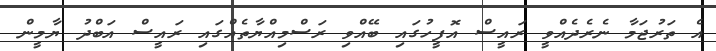
އެ ތަރުޖަމާ ނެރެދެއްވީ ރައީސް އޮފީހުގައި ބޭއްވި ރަސްމިއްޔާތެއްގައި ރައީސް އަބްދު ޔާމީން